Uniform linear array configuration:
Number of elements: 64
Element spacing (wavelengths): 0.25
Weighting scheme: kaiser
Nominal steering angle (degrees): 0
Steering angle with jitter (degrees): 0.6857
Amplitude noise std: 0.05
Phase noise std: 0.05

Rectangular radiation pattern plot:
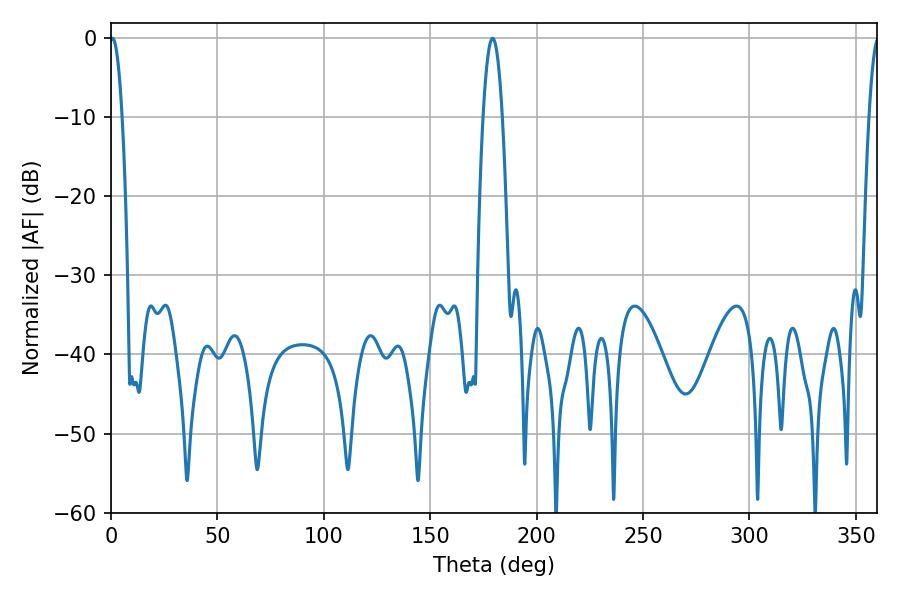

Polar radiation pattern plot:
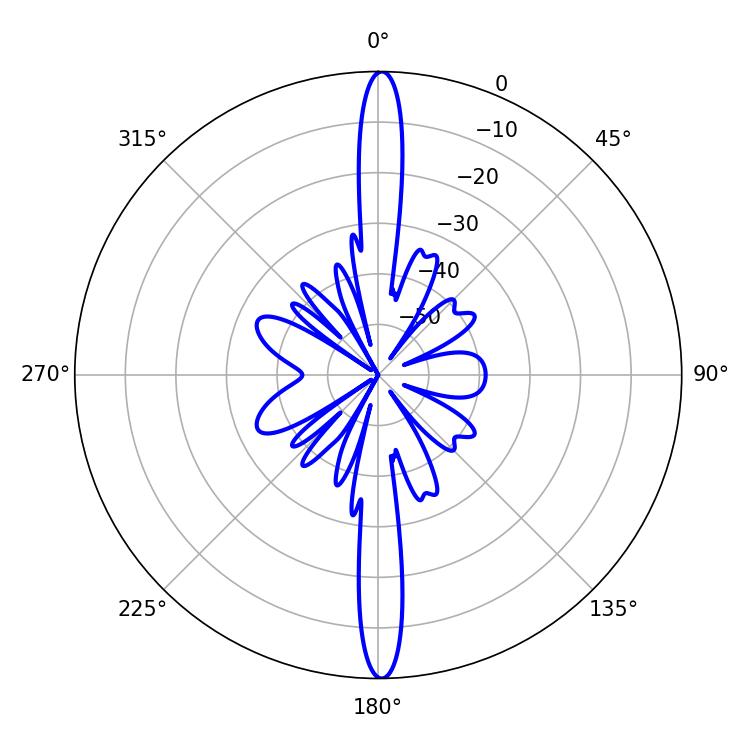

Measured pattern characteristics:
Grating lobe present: FALSE
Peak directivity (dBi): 29.719
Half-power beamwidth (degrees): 3.24
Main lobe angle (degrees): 0.72